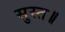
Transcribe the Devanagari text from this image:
सुस्त॥